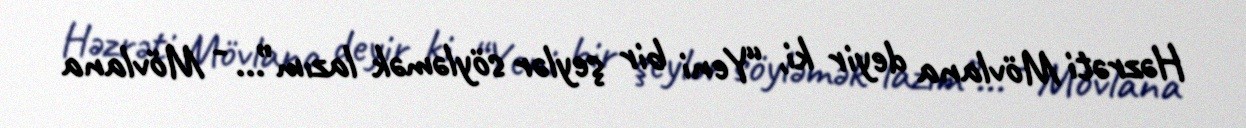
Həzrəti Mövlana deyir ki, “Yeni bir şeylər söyləmək lazım”... - Mövlana